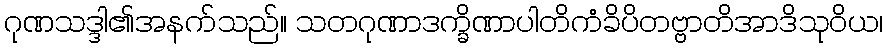
ဂုဏသဒ္ဒါ၏အနက်သည်။ သတဂုဏာဒက္ခိဏာပါတိကံခိပိတဗ္ဗာတိအာဒိသုဝိယ၊